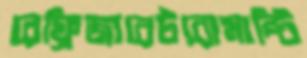
রেফ্রিজারেটরোমান্টি